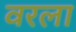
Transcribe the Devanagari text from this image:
वरला